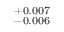
_ { - 0 . 0 0 6 } ^ { + 0 . 0 0 7 }